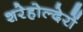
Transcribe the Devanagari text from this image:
शरेहोल्देरों